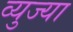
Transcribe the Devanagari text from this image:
व्युज्या